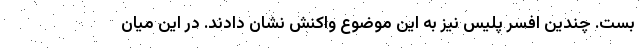
بست. چندین افسر پلیس نیز به این موضوع واکنش نشان دادند. در این میان